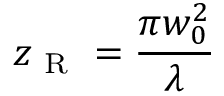
z _ { \mathrm { ~ R ~ } } = \frac { \pi w _ { 0 } ^ { 2 } } { \lambda }